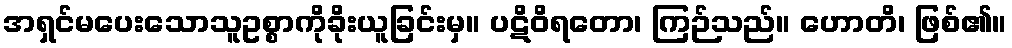
အရှင်မပေးသောသူဥစ္စာကိုခိုးယူခြင်းမှ။ ပဋိဝိရတော၊ ကြဉ်သည်။ ဟောတိ၊ ဖြစ်၏။